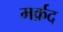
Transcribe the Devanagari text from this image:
मर्क़द